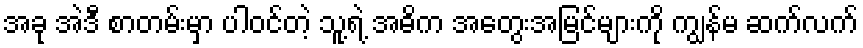
အခု အဲဒီ စာတမ်းမှာ ပါဝင်တဲ့ သူ့ရဲ့ အဓိက အတွေးအမြင်များကို ကျွန်မ ဆက်လက်